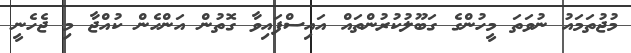
މުޖުތަމައު ނުވަތަ މީހުންގެ ގަބޫލުކުރުންތައް އައިސްފައިވާ ގޮތުން އަންހެން ކުއްޖާ މި ޖެހެނީ